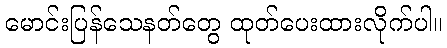
မောင်းပြန်သေနတ်တွေ ထုတ်ပေးထားလိုက်ပါ။